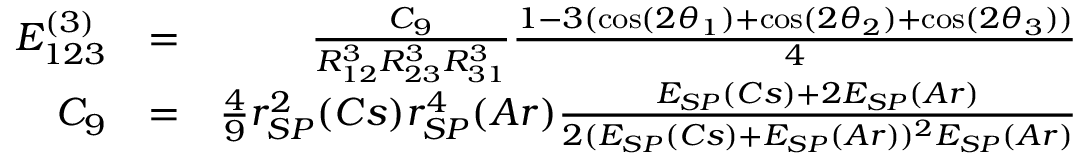
\begin{array} { r l r } { E _ { 1 2 3 } ^ { ( 3 ) } } & { = } & { \frac { C _ { 9 } } { R _ { 1 2 } ^ { 3 } R _ { 2 3 } ^ { 3 } R _ { 3 1 } ^ { 3 } } \frac { 1 - 3 ( \cos ( 2 \theta _ { 1 } ) + \cos ( 2 \theta _ { 2 } ) + \cos ( 2 \theta _ { 3 } ) ) } { 4 } } \\ { C _ { 9 } } & { = } & { \frac { 4 } { 9 } r _ { S P } ^ { 2 } ( C s ) r _ { S P } ^ { 4 } ( A r ) \frac { E _ { S P } ( C s ) + 2 E _ { S P } ( A r ) } { 2 ( E _ { S P } ( C s ) + E _ { S P } ( A r ) ) ^ { 2 } E _ { S P } ( A r ) } } \end{array}